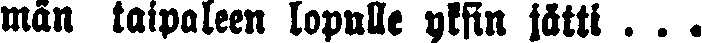
män taipaleen lopulle yksin jätti . . .